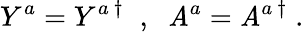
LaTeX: Y^{a}=Y^{a~\dagger}\; \; ,\; \; \mathit{A}^{a}=\mathit{A}^{a~\dagger}\; .